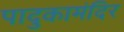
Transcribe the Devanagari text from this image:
पादुकामंदिर